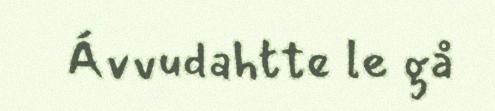
Ávvudahtte le gå